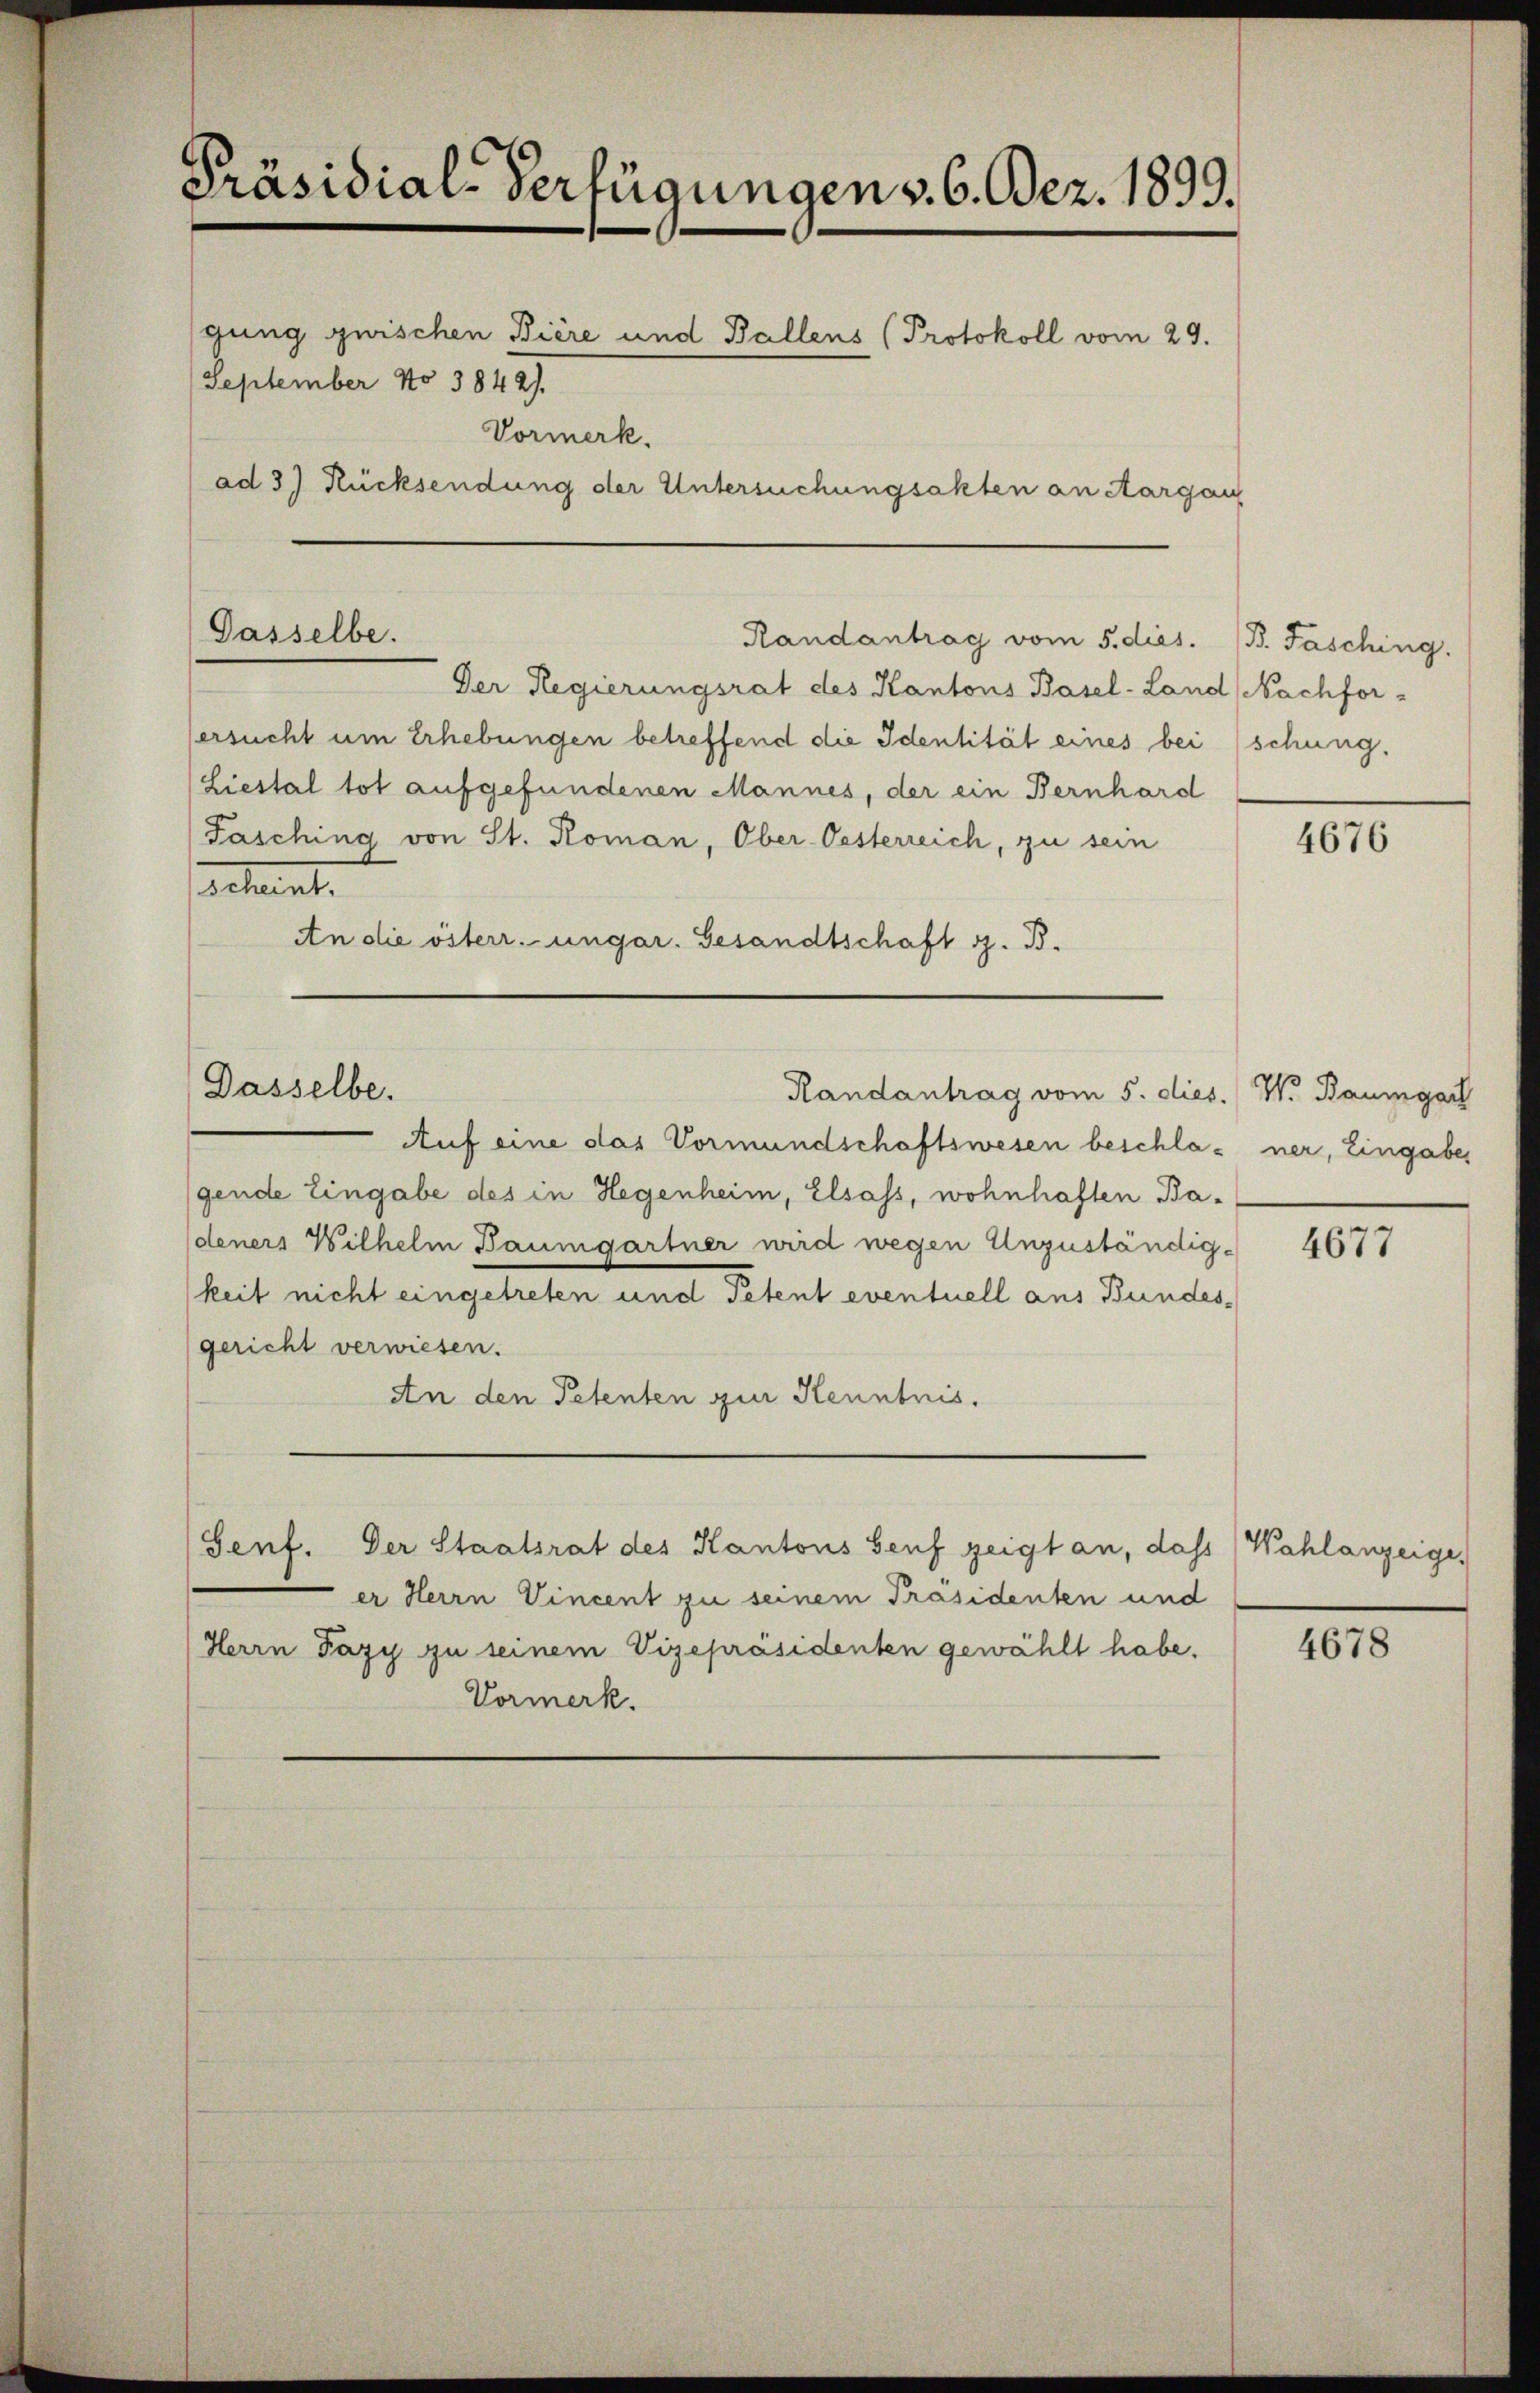
Präsidial-Verfügungen v. 6. Dez. 1899.
gung zwischen Biere und Ballens (Protokoll vom 29.
September No 3842).
Vormerk.
ad 3) Rücksendung der Untersuchungsakten an Aargau

Gasselbe.

Dasselbe.

Randantrag vom 5. dies.
Der Regierungsrat des Kantons Basel-Land Nachfor-
ersucht um Erhebungen betreffend die Identität eines bei
(Liestal tot aufgefundenen Mannes, der ein Bernhard
Fasching von St. Koman, Ober-Oesterreich, zu sein
petente
An die österr. ungar. Gesandtschaft z. B.

Randantrag vom 5. dies. W. Baumgart

Senf. Der Staatsrat des Kantons Senf zeigt an, dass Wahlanzeige,
er Herrn Vincent zu seinem Präsidenten und
Herrn Pazy zu seinem Vizepräsidenten gewählt habe.
Vormerk.

B. Fasching.
schung.

Auf eine das Vormundschaftswesen beschla- ner, Eingabe
gende Eingabe des in Hegenheim, Elsass, wohnhaften Badeners Wilhelm Baumgartner wird wegen Unzuständig-
keit nicht eingetreten und Petent eventuell aus Bundesgericht verwiesen.
An den Petenten zur Kenntnis.

4676

4677

4678